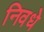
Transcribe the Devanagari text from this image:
निवधे